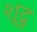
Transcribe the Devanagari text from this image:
शूद्रु